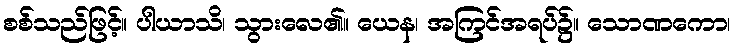
စစ်သည်ဖြင့်။ ပါယာသိ၊ သွားလေ၏။ ယေန၊ အကြင်အရပ်၌။ သောဏကော၊